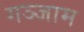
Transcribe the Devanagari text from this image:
गञ्जाम